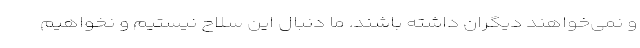
و نمی‌خواهند دیگران داشته باشند. ما دنبال این سلاح نیستیم و نخواهیم